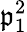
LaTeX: \mathfrak{p}_{1}^{2}